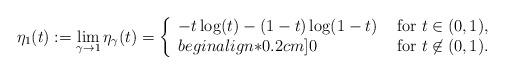
LaTeX: \begin{align*}\eta_1(t) := \lim_{\gamma\to1} \eta_\gamma(t) = \left\{\begin{array}{ll} -t \log(t) -(1-t)\log(1-t)& \mbox{ for } t\in(0,1),\\begin{align*}0.2cm]0& \mbox{ for }t\not\in(0,1).\end{array}\right.\end{align*}